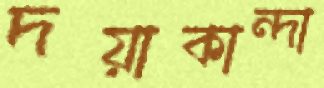
দয়াকান্দা